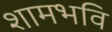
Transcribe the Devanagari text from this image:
शामभवि